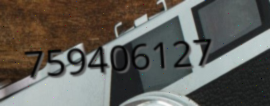
759406127